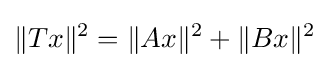
\|Tx\|^{2}=\|Ax\|^{2}+\|Bx\|^{2}